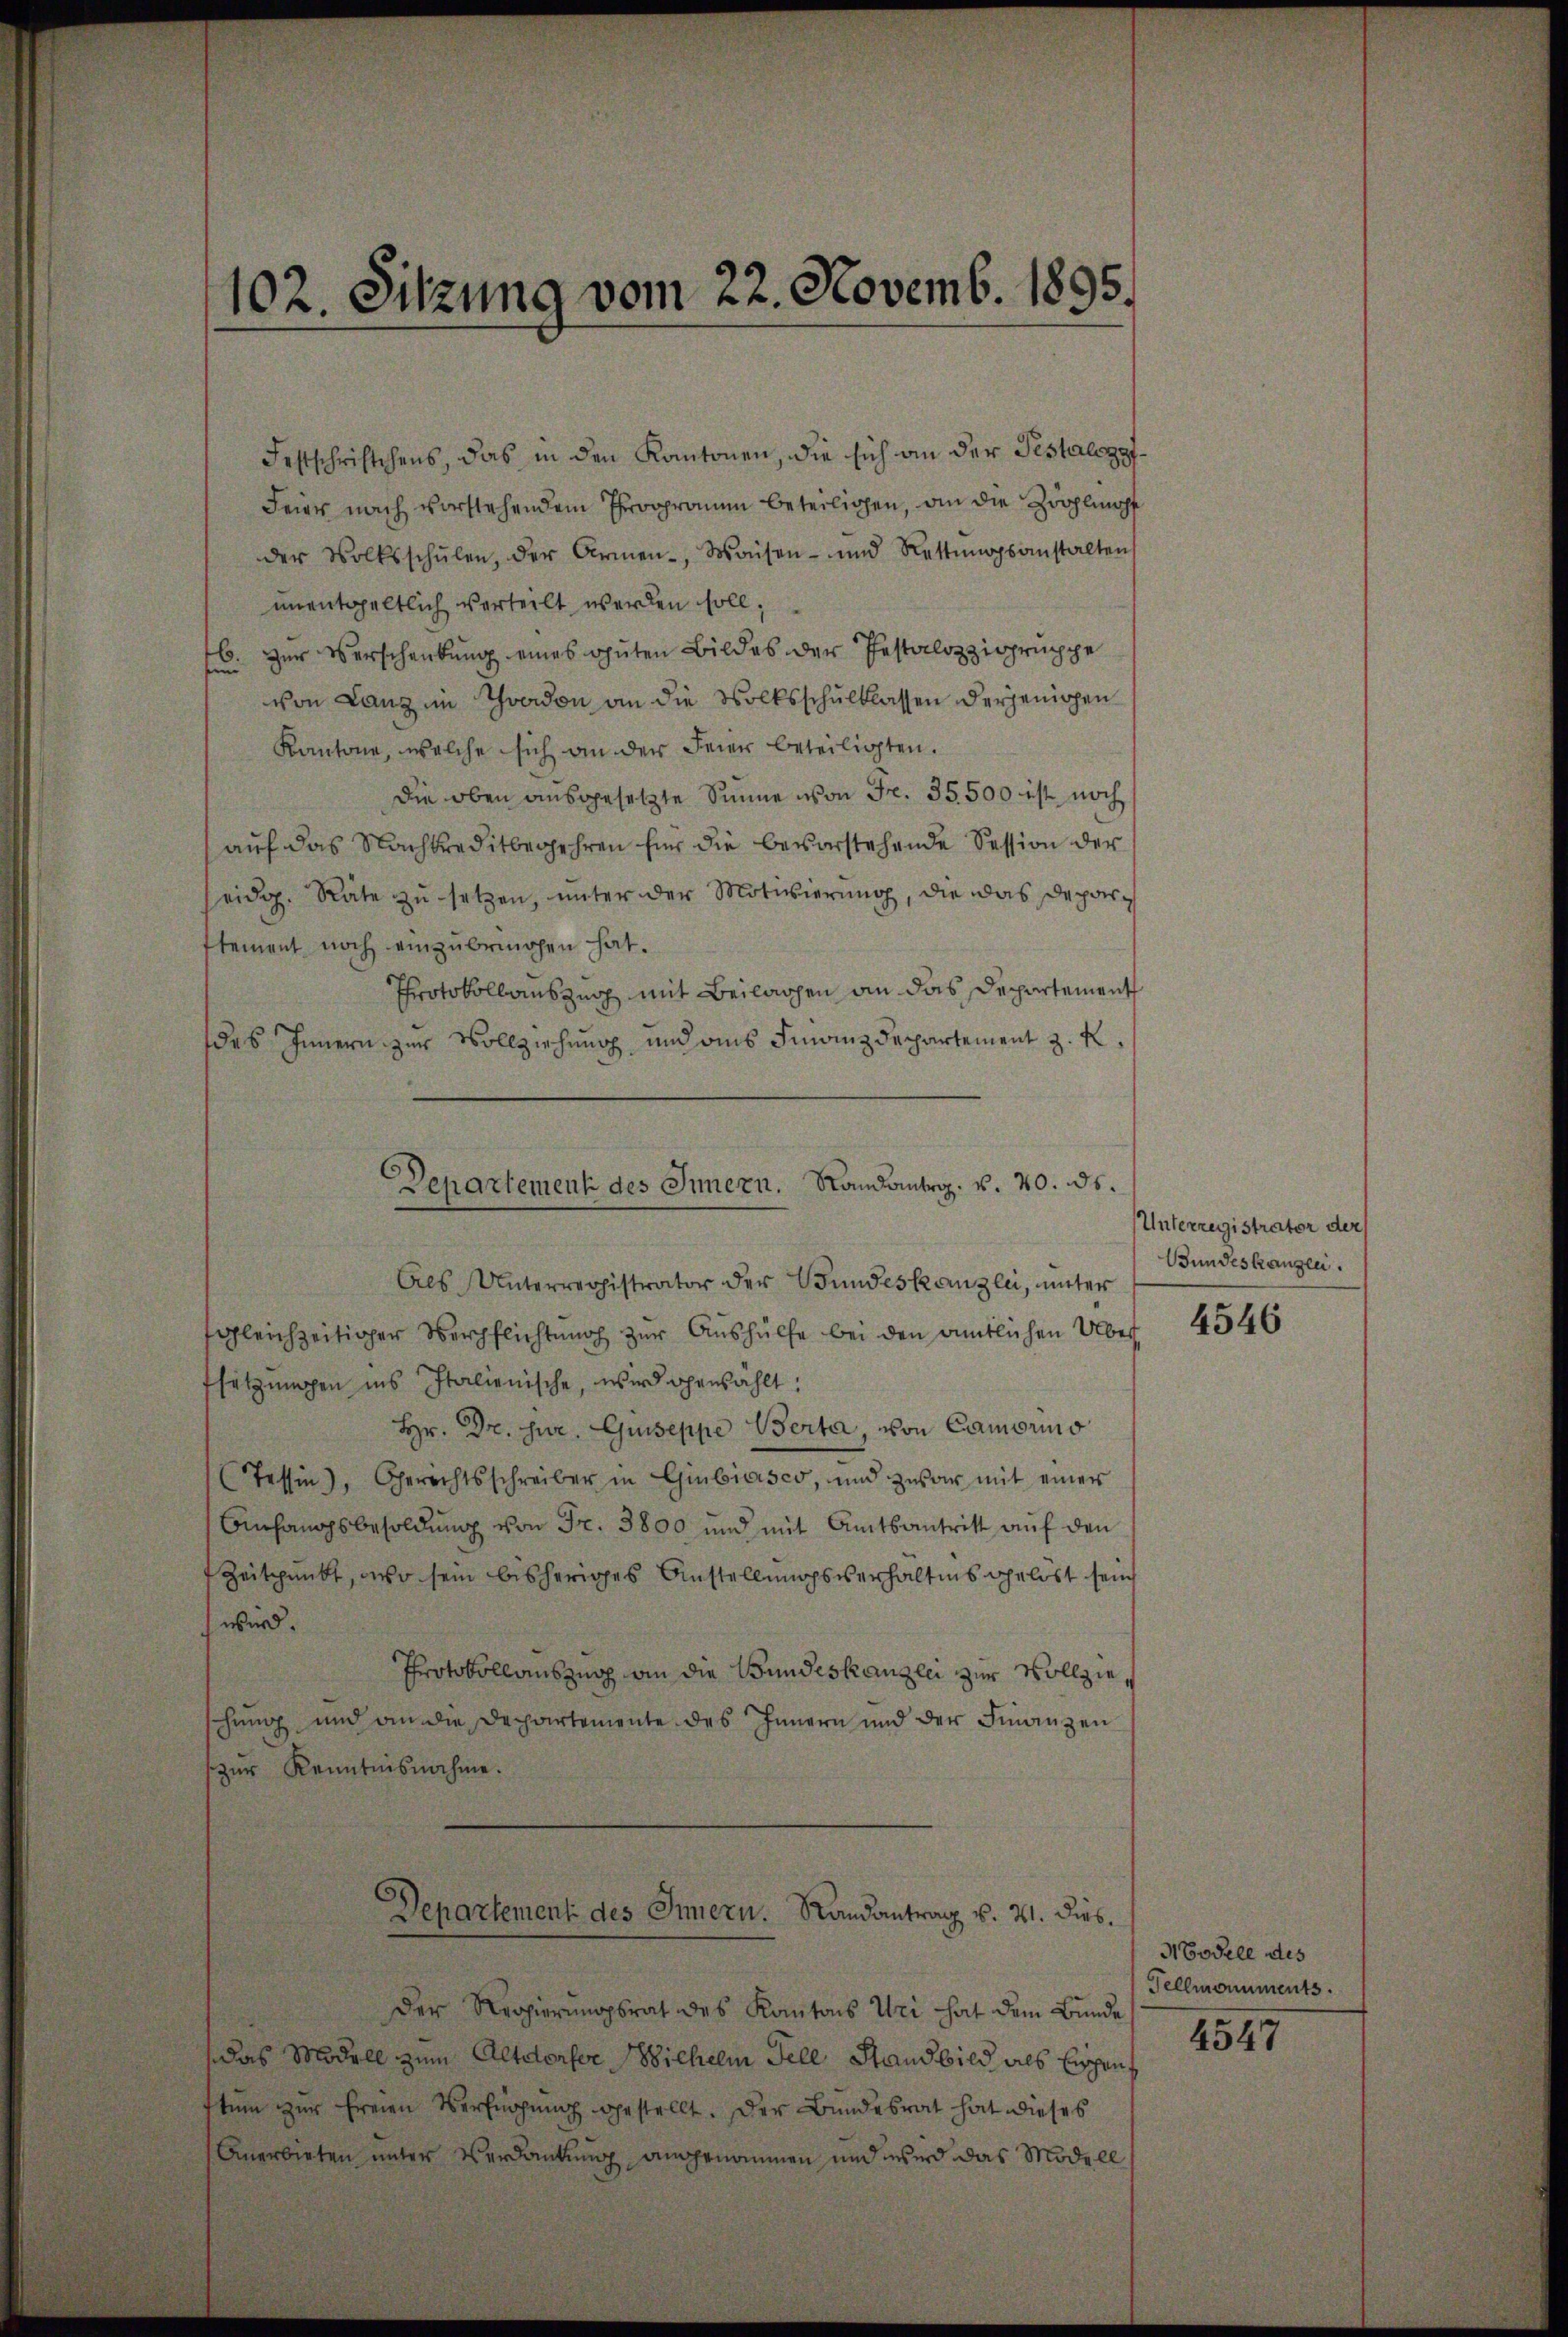
Festschriftchens, das in den Kantonen, die sich an der Testalogof¬
Feier nach vorstehendem Programm beteilichen, an die Zwöhlicht
der Volksschŭlen, der Armen-, Waisen- und Rettŭngsanstalten
unentgeltlich verteilt werden soll,
6. Zur Verschenkung eines guten Bildes der Pestalozzigruppe
von Lanz in Yverdon an die Volksschulklassen derjenigen
Kantone, welche sich an der Feier beteiligten.
die oben ausgesetzte Sinne von Fr. 35. 500 ist noch
auf das Nachkreditbegehren für die bevorstehende Session der
eidg. Räte zu setzen, unter der Motivierung, die das Depar¬
Element noch einzubringen hat.
Protokollauszug mit Beilagen an das Departement
des Innern zur Vollziehung und aus Finanzdepartement z. R.

102. Sitzung vom 22. Novemb. 1895.

Departement des Innern. Sandantrg. v. 20. ds.

Als Unterregistrator der Bundeskanzlei, unter
sgleichzeitiger Verpflichtung zur Aushülfe bei den amtlichen Über
fsetzungen ins Italienische, wird gewählt:
Hr. Dr. jur. Guiseppe Verta, von Camorio
(Tessin), Gerichtsschreiber in Giubiasco, und zwar mit einer
Anfangsbesoldung von Fr. 3800 und mit Amtsantritt auf den
f Zeitpunkt, mehr sein bisheriges Anstellungsverhältnis gelöst sein
wird.
Protokollauszug an die Bundeskanzlei zur Vollziehung und an die Departemente des Innern und der Finanzen
zur Kenntnisnahme.
Departement des Innern. Randantrag v. 21. dies.
Der Regierungsrat des Kantons Uri hat dem Bunde
das Modell zum Altdorfer Sichelm Fell Stand bild als Einschen
stum zur Freien Verfügung gestellt. Der Bundesrat hat dieses
Anerbieten unter Verdankung angenommen und wird das Modell

Unterregistrator der
Bundeskanzen.

4546

Modele des
Fellmonuments.

4547